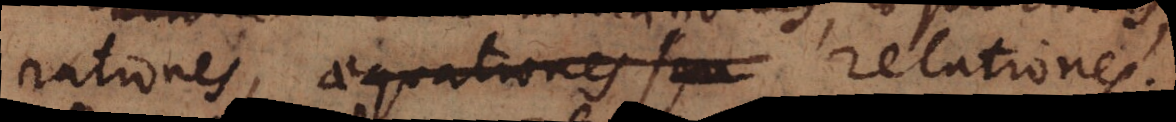
rationes aequationes seu relationes.